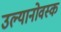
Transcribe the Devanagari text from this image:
उल्यानोवस्क